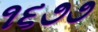
૧૬૭૭